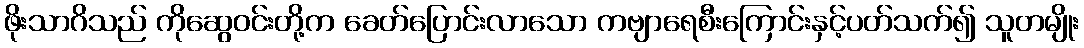
ဖိုးသာဂိသည် ကိုဆွေဝင်းတို့က ခေတ်ပြောင်းလာသော ကဗျာရေစီးကြောင်းနှင့်ပတ်သက်၍ သူတမျိုး